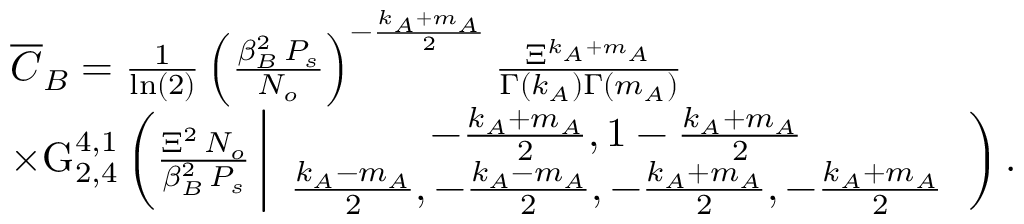
\begin{array} { r l } & { \overline { { C } } _ { B } = \frac { 1 } { \ln ( 2 ) } \left( \frac { \beta _ { B } ^ { 2 } \, P _ { s } } { N _ { o } } \right) ^ { - \frac { k _ { A } + m _ { A } } { 2 } } \frac { \Xi ^ { k _ { A } + m _ { A } } } { \Gamma \left( k _ { A } \right) \Gamma \left( m _ { A } \right) } } \\ & { \times \mathrm { G } _ { 2 , 4 } ^ { 4 , 1 } \left( \frac { \Xi ^ { 2 } \, N _ { o } } { \beta _ { B } ^ { 2 } \, P _ { s } } \left| \begin{array} { c } { - \frac { k _ { A } + m _ { A } } { 2 } , 1 - \frac { k _ { A } + m _ { A } } { 2 } } \\ { \frac { k _ { A } - m _ { A } } { 2 } , - \frac { k _ { A } - m _ { A } } { 2 } , - \frac { k _ { A } + m _ { A } } { 2 } , - \frac { k _ { A } + m _ { A } } { 2 } } \end{array} \right. \right) . } \end{array}